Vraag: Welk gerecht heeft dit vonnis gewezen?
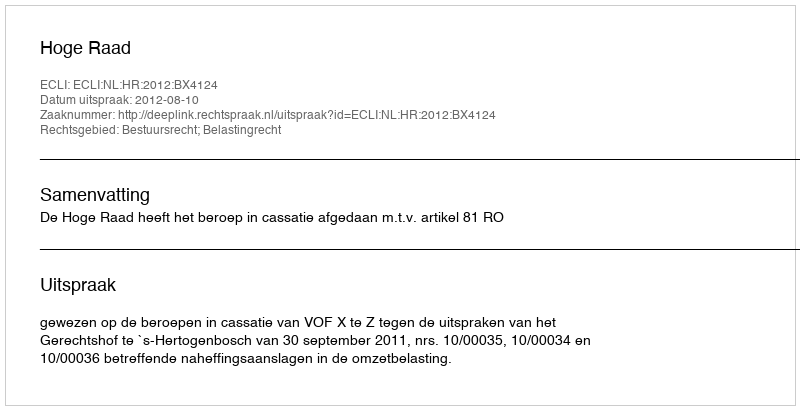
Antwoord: Hoge Raad